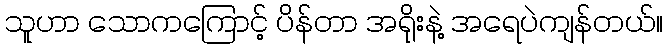
သူဟာ သောကကြောင့် ပိန်တာ အရိုးနဲ့ အရေပဲကျန်တယ်။